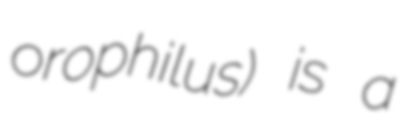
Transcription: orophilus) is a